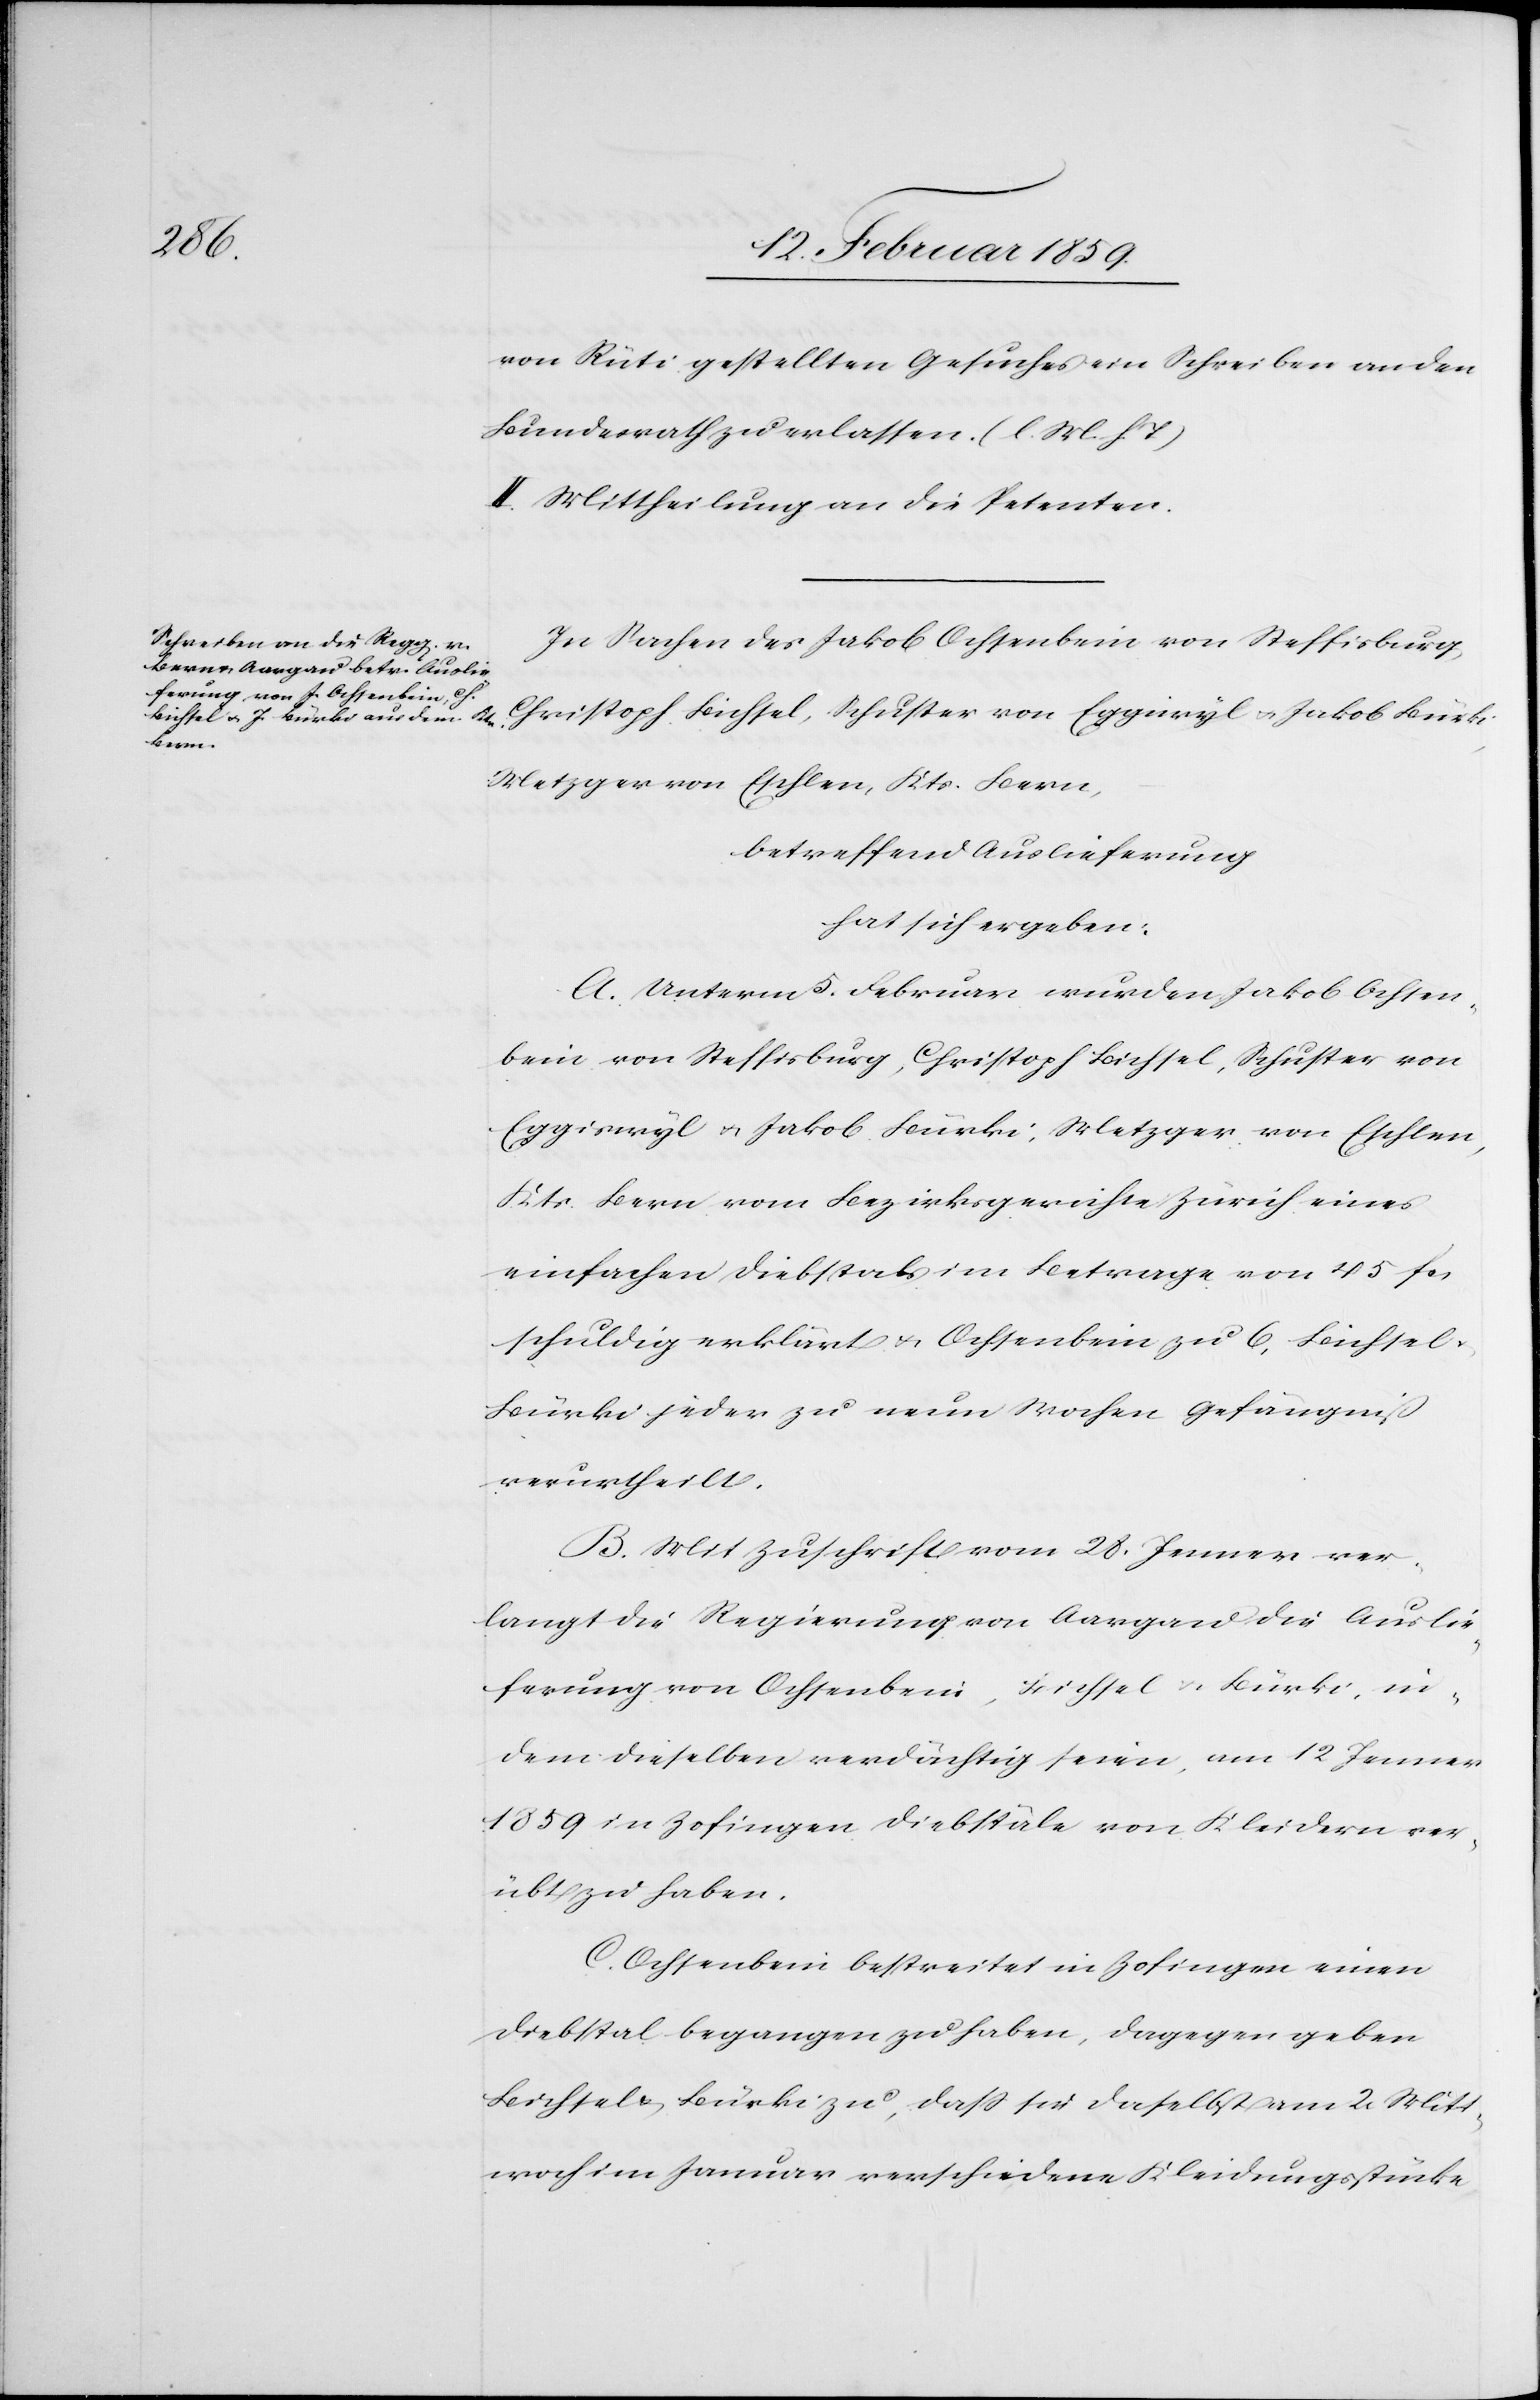
von Rüti gestellten Gesuches ein Schreiben an den
Bundesrath erlassen. (l. M. h. T)
II. Mittheilung an die Petenten.
In Sachen des Jakob Ochsenbein von Steffisburg,
Christoph Bichsel, Schuster von Eggiwyl u. Jakob Bürki,
Metzger von Eschlen, Kts. Bern,
betreffend Auslieferung
hat sich ergeben:
A. Unterm 5. Februar wurden Jakob Ochsen¬
bei von Steffisburg, Christoph Bichsel, Schuster von
Eggiswyl u. Jakob Bürki, Metzger von Eschlen,
Kts. Bern vom Bezirksgerichte Zürich eines
einfachen Diebstals im Betrage von 45 fcs
schuldig erklärt u. Ochsenbein zu 6, Bichsel
Bürki jeder zu neun Wochen Gefängniß
verurtheilt.
B. Mit Zuschrift vom 28. Januar ver¬
langt die Regierung von Aargau die Auslie¬
ferung von Ochsenbein, Bichsel u. Bürki, in¬
dem dieselben verdächtig seien, am 12 Januar
1859 in Zofingen Diebstäle von Kleidern ver¬
übt zu haben.
C. Ochsenbein bestreitet in Zofingen einen
Diebstal begangen zu haben, dagegen geben
Bichsel u. Bürki zu, daß sie daselbst am 2. Mitt¬
woch im Januar verschiedene Kleidungsstücke